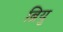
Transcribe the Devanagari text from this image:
ब्रियु